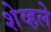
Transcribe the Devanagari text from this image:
शेव्हले